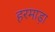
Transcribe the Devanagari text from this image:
हरमाड़ा